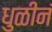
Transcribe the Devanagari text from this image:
धुळीनं